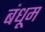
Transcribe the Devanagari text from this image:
बंधूम